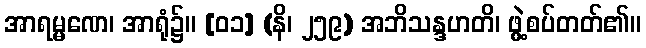
အာရမ္မဏေ၊ အာရုံ၌။ [၀၁] (နိ၊ ၂၅၉) အဘိသန္ဒဟတိ၊ ဖွဲ့စပ်တတ်၏။